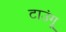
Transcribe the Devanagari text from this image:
टाउंगू